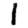
Digit: 1